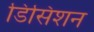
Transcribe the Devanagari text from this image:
डिसिशन